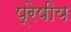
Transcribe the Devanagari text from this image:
प्रेषीय